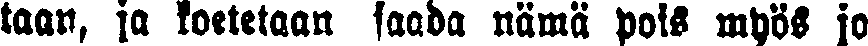
taan, ja koetetaan saada nämä pois myös jo